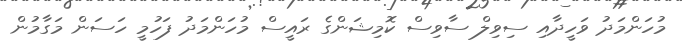
މުހަންމަދު ވަހީދާއި ސިވިލް ސާވިސް ކޮމިޝަންގެ ރައީސް މުހަންމަދު ފަހުމީ ހަސަން މަގާމުން